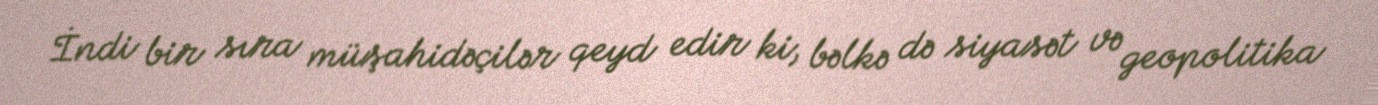
İndi bir sıra müşahidəçilər qeyd edir ki, bəlkə də siyasət və geopolitika